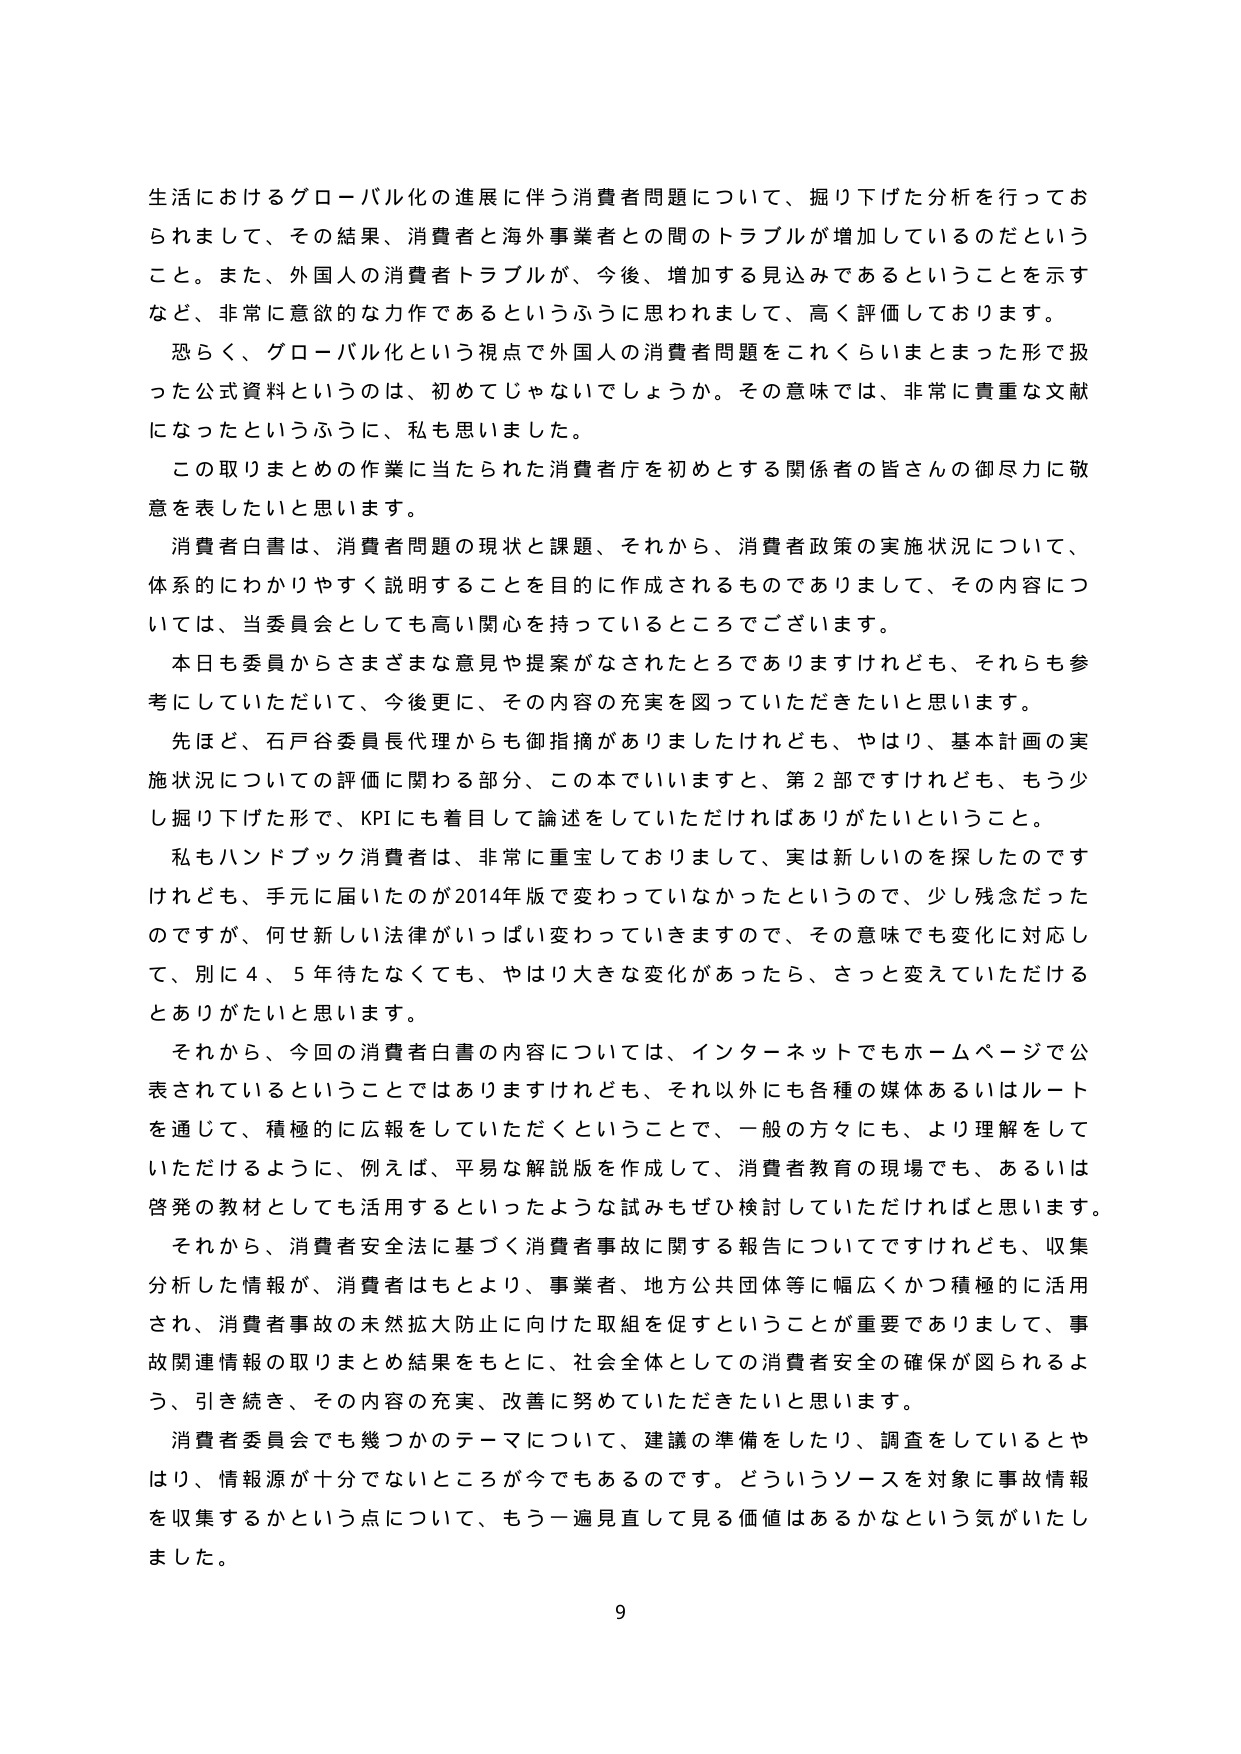
生活におけるグローバル化の進展に伴う消費者問題について、掘り下げた分析を行ってお
られまして、その結果、消費者と海外事業者との間のトラブルが増加しているのだという
こと。また、外国人の消費者トラブルが、今後、増加する見込みであるということを示す
など、非常に意欲的な力作であるというふうに思われまして、高く評価しております。
恐らく、グローバル化という視点で外国人の消費者問題をこれくらいまとまった形で扱
った公式資料というのは、初めてじゃないでしょうか。その意味では、非常に貴重な文献
になったというふうに、私も思いました。
この取りまとめの作業に当たられた消費者庁を初めとする関係者の皆さんの御尽力に敬
意を表したいと思います。
消費者白書は、消費者問題の現状と課題、それから、消費者政策の実施状況について、
体系的にわかりやすく説明することを目的に作成されるものでありまして、その内容につ
いては、当委員会としても高い関心を持っているところでございます。
本日も委員からさまざまな意見や提案がなされたところでありますけれども、それらも参
考にしていただいて、今後更に、その内容の充実を図っていただきたいと思います。
先ほど、石戸谷委員長代理からも御指摘がありましたけれども、やはり、基本計画の実
施状況についての評価に関わる部分、この本でいいますと、第2部ですけれども、もう少
し掘り下げた形で、KPIにも着目して論述をしていただければありがたいということ。
私もハンドブック消費者は、非常に重宝しておりまして、実は新しいのを探したのです
けれども、手元に届いたのが2014年版で変わっていなかったというので、少し残念だった
のですが、何せ新しい法律がいっぱい変わっていきますので、その意味でも変化に対応し
て、別に4、5年待たなくても、やはり大きな変化があったら、さっと変えていただける
とありがたいと思います。
それから、今回の消費者白書の内容については、インターネットでもホームページで公
表されているということではありますけれども、それ以外にも各種の媒体あるいはルート
を通じて、積極的に広報をしていただくということで、一般の方々にも、より理解をして
いただけるように、例えば、平易な解説版を作成して、消費者教育の現場でも、あるいは
啓発の教材としても活用するといったような試みもぜひ検討していただければと思います。
それから、消費者安全法に基づく消費者事故に関する報告についてですけれども、収集
分析した情報が、消費者はもとより、事業者、地方公共団体等に幅広くかつ積極的に活用
され、消費者事故の未然拡大防止に向けた取組を促すということが重要でありまして、事
故関連情報の取りまとめ結果をもとに、社会全体としての消費者安全の確保が図られるよ
う、引き続き、その内容の充実、改善に努めていただきたいと思います。
消費者委員会でも幾つかのテーマについて、建議の準備をしたり、調査をしているとや
はり、情報源が十分でないところが今でもあるのです。どういうソースを対象に事故情報
を収集するかという点について、もう一遍見直して見る価値はあるかなという気がいたし
ました。
9